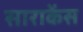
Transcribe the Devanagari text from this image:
साराकेंस